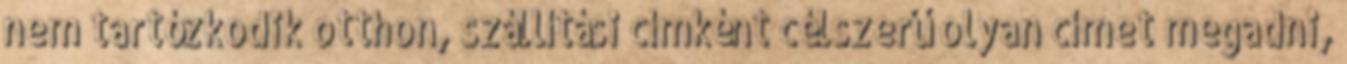
nem tartózkodik otthon, szállítási címként célszerű olyan címet megadni,